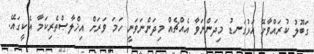
ގަބޫލު ކުރައްވާށޭ އަޅުގަނޑު މިދަންނަވާ އެއްޗެއް މިދަންނަވަނީ ހަމަ ވަރަށް އިޚްލާޞްތެރިކަމާ އެކީގައޭ.